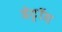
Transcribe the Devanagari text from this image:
डेट्रॉय